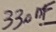
Text: 330nF